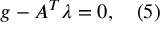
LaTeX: g - A ^ { T } \lambda = 0 , \quad ( 5 )